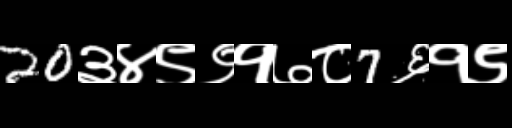
Text: 20३४९९१७८7६१९